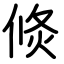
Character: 倐